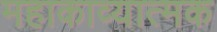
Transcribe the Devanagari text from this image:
महाकाव्‍यात्‍मक